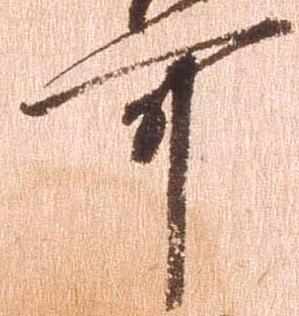
可